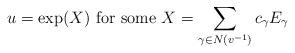
LaTeX: \begin{align*}u = \exp (X) \textup{ for some } X= \sum_{\gamma\in N(v^{-1})} c_{\gamma }E_{\gamma}\end{align*}